Civil Veterinary Dept. Assam report 1911-1927 - 1911-1927
Year: 1911
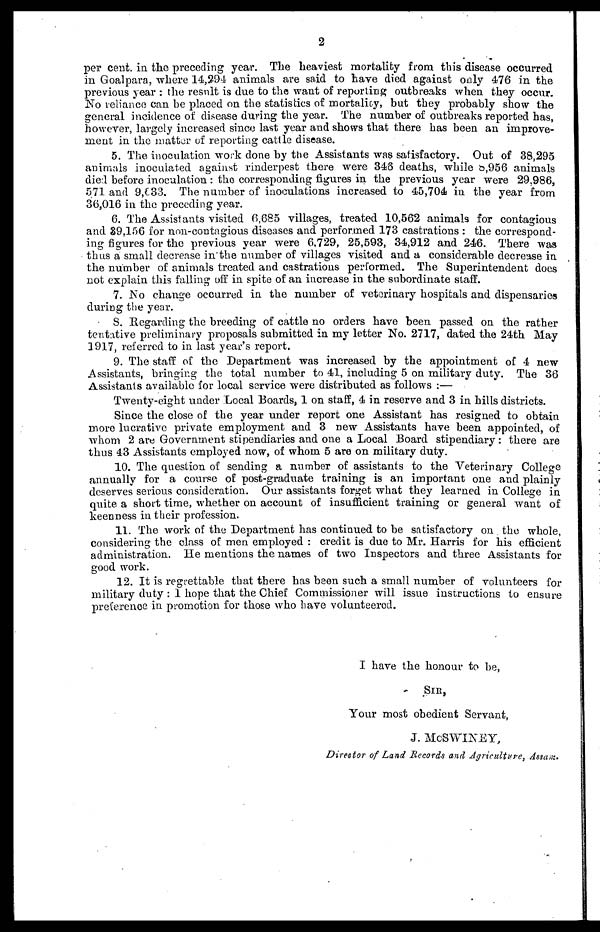
2
per cent. in the preceding year. The heaviest mortality from this disease occurred
in Goalpara, where 14,3-94 animals are said to have died against only 476 in the
previous year : the result is due to the want of reporting outbreaks when they occur.
No reliance can be placed on the statistics of mortality, but they probably show the
general incidence of disease during the year. The number of outbreaks reported has,
however, largely increased since last year and shows that there has been an improve-
ment in the matter of reporting cattle disease.
5. The inoculation work done by the Assistants was satisfactory. Out of 38,295
animals inoculated against rinderpest there were 345 deaths, while b,956 animals
died before inoculation : the corresponding figures in the previous year were 29,986,
571 and 9,€33. The number of inoculations increased to 45,704 in the year from
36,016 in the preceding year.
6. The Assistants visited 6,685 villages, treated 10,562 animals for contagious
and 39,156 for non-contagious diseases and performed 173 castrations : the correspond-
ing figures for the previous year were 6,729, 25,593, 34,912 and 246. There was
thus a small decrease in the number of villages visited and a considerable decrease in
the number of animals treated and castrations performed. The Superintendent does
not explain this falling off in spite of an increase in the subordinate staff.
7. No change occurred in the number of veterinary hospitals and dispensaries
during the year.
S. Regarding the breeding of cattle no orders have been passed on the rather
tentative preliminary proposals submitted in my letter No. 2717, dated the 24th May
1917, referred to in last year's report.
9. The staff of the Department was increased by the appointment of 4 new
Assistants, bringing the total number to 41, including 5 on military duty. The 36
Assistants available for local service were distributed as follows :—
Twenty-eight under Local Boards, 1 on staff, 4 in reserve and 3 in hills districts.
Since the close of the year under report one Assistant has resigned to obtain
more lucrative private employment and 3 new Assistants have been appointed, of
whom 2 are Government stipendiaries and one a Local Board stipendiary: there are
thus 43 Assistants employed now, of whom 5 are on military duty.
10. The question of sending a number of assistants to the Veterinary College
annually for a course of post-graduate training is an important one and plainly
deserves serious consideration. Our assistants forget what they learned in College in
quite a short time, whether on account of insufficient training or general want of
keenness in their profession.
11. The work of the Department has continued to be satisfactory on the whole,
considering the class of men employed : credit is due to Mr. Harris for his efficient
administration. He mentions the names of two Inspectors and three Assistants for
good work.
12. It is regrettable that there has been such a small number of volunteers for
military duty : I hope that the Chief Commissioner will issue instructions to ensure
preference in promotion for those who have volunteered.
I have the honour to be,
SIR,
Your most obedient Servant,
J. McSWINEY,
Director of Land Records and Agriculture, Assam.